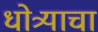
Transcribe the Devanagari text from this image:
धोत्र्याचा